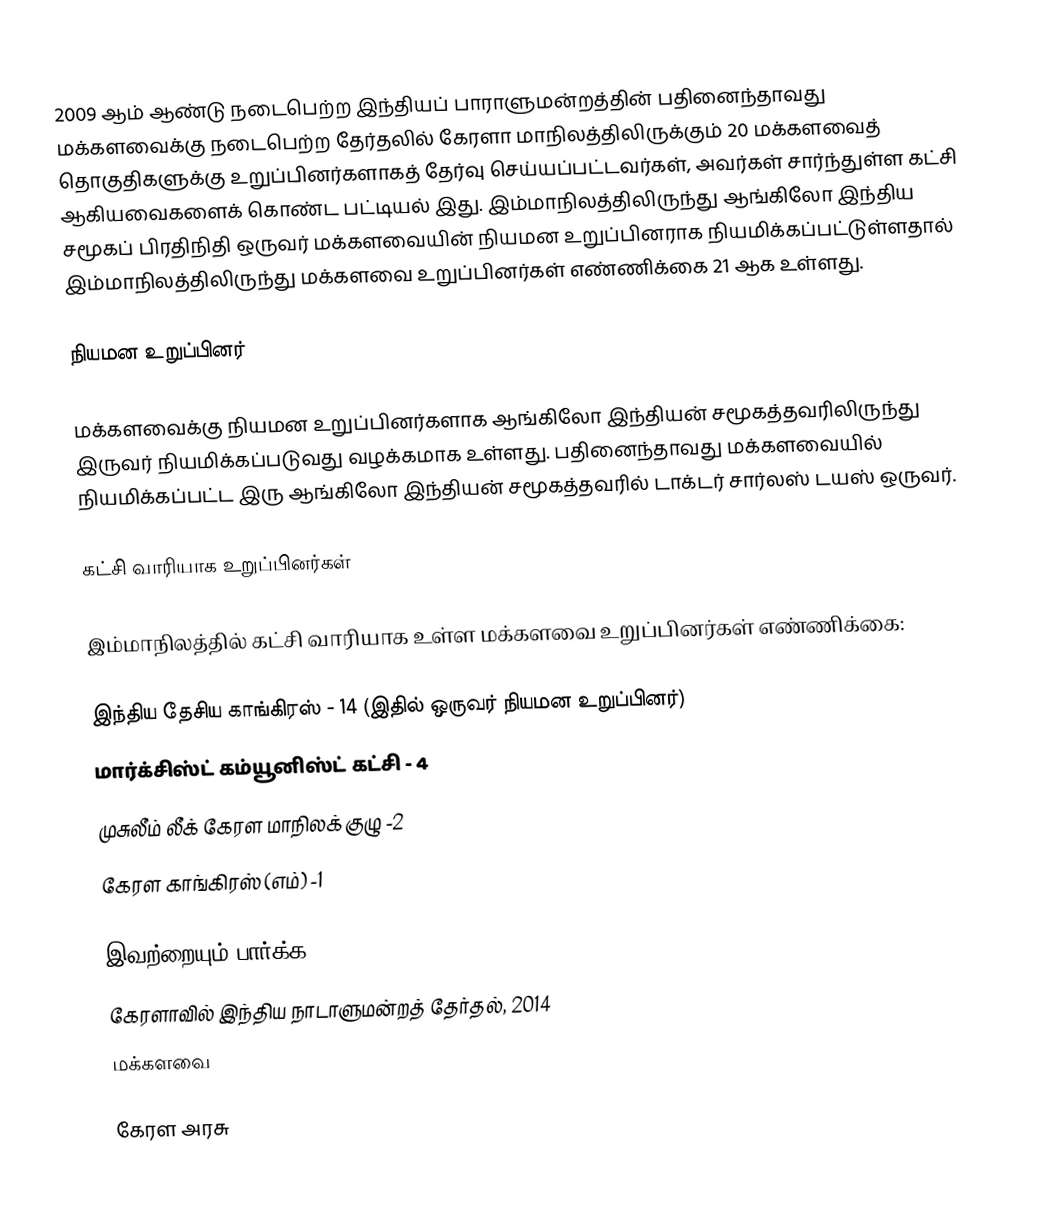
2009 ஆம் ஆண்டு நடைபெற்ற இந்தியப் பாராளுமன்றத்தின் பதினைந்தாவது மக்களவைக்கு நடைபெற்ற தேர்தலில் கேரளா மாநிலத்திலிருக்கும் 20 மக்களவைத் தொகுதிகளுக்கு உறுப்பினர்களாகத் தேர்வு செய்யப்பட்டவர்கள், அவர்கள் சார்ந்துள்ள கட்சி ஆகியவைகளைக் கொண்ட பட்டியல் இது. இம்மாநிலத்திலிருந்து ஆங்கிலோ இந்திய சமூகப் பிரதிநிதி ஒருவர் மக்களவையின் நியமன உறுப்பினராக நியமிக்கப்பட்டுள்ளதால் இம்மாநிலத்திலிருந்து மக்களவை உறுப்பினர்கள் எண்ணிக்கை 21 ஆக உள்ளது.

நியமன உறுப்பினர்

மக்களவைக்கு நியமன உறுப்பினர்களாக ஆங்கிலோ இந்தியன் சமூகத்தவரிலிருந்து இருவர் நியமிக்கப்படுவது வழக்கமாக உள்ளது. பதினைந்தாவது மக்களவையில் நியமிக்கப்பட்ட இரு ஆங்கிலோ இந்தியன் சமூகத்தவரில் டாக்டர் சார்லஸ் டயஸ் ஒருவர்.

கட்சி வாரியாக உறுப்பினர்கள்

இம்மாநிலத்தில் கட்சி வாரியாக உள்ள மக்களவை உறுப்பினர்கள் எண்ணிக்கை:

இந்திய தேசிய காங்கிரஸ் - 14 (இதில் ஒருவர் நியமன உறுப்பினர்)
மார்க்சிஸ்ட் கம்யூனிஸ்ட் கட்சி - 4
முசுலீம் லீக் கேரள மாநிலக் குழு -2
கேரள காங்கிரஸ் (எம்) -1

இவற்றையும் பார்க்க
கேரளாவில் இந்திய நாடாளுமன்றத் தேர்தல், 2014
மக்களவை

கேரள அரசு